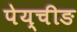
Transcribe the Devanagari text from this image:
पेय्चीङ